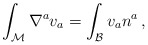
\begin{align*}\int_{\mathcal M} \nabla^a v_a = \int_{\mathcal B} v_a n^a \, ,\end{align*}